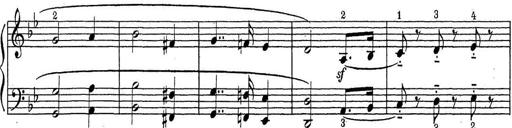
Title: ÄŒeskÃ© Sonatiny
Composer: Various